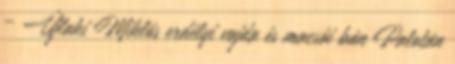
– Újlaki Miklós erdélyi vajda és macsói bán Palotán